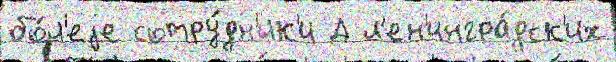
бо́л'еjе сотру́дн'ик'и Д л'ен'ингра́дск'их